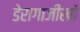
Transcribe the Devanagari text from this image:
डेरागाजीखाँ